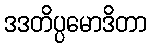
ဒဒတိပ္ပမောဒိတာ